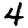
Digit: 4